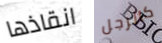
انقاذها كالرجل